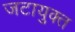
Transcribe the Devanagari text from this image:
जटायुक्त